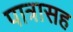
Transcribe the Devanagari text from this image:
पात्रासह